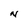
Character: N